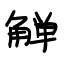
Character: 觯